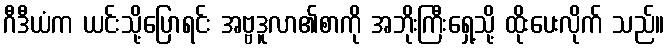
ဂီဒီယံက ယင်းသို့ပြောရင်း အဗ္ဗဒူလာ၏စာကို အဘိုးကြီးရှေ့သို့ ထိုးပေးလိုက် သည်။